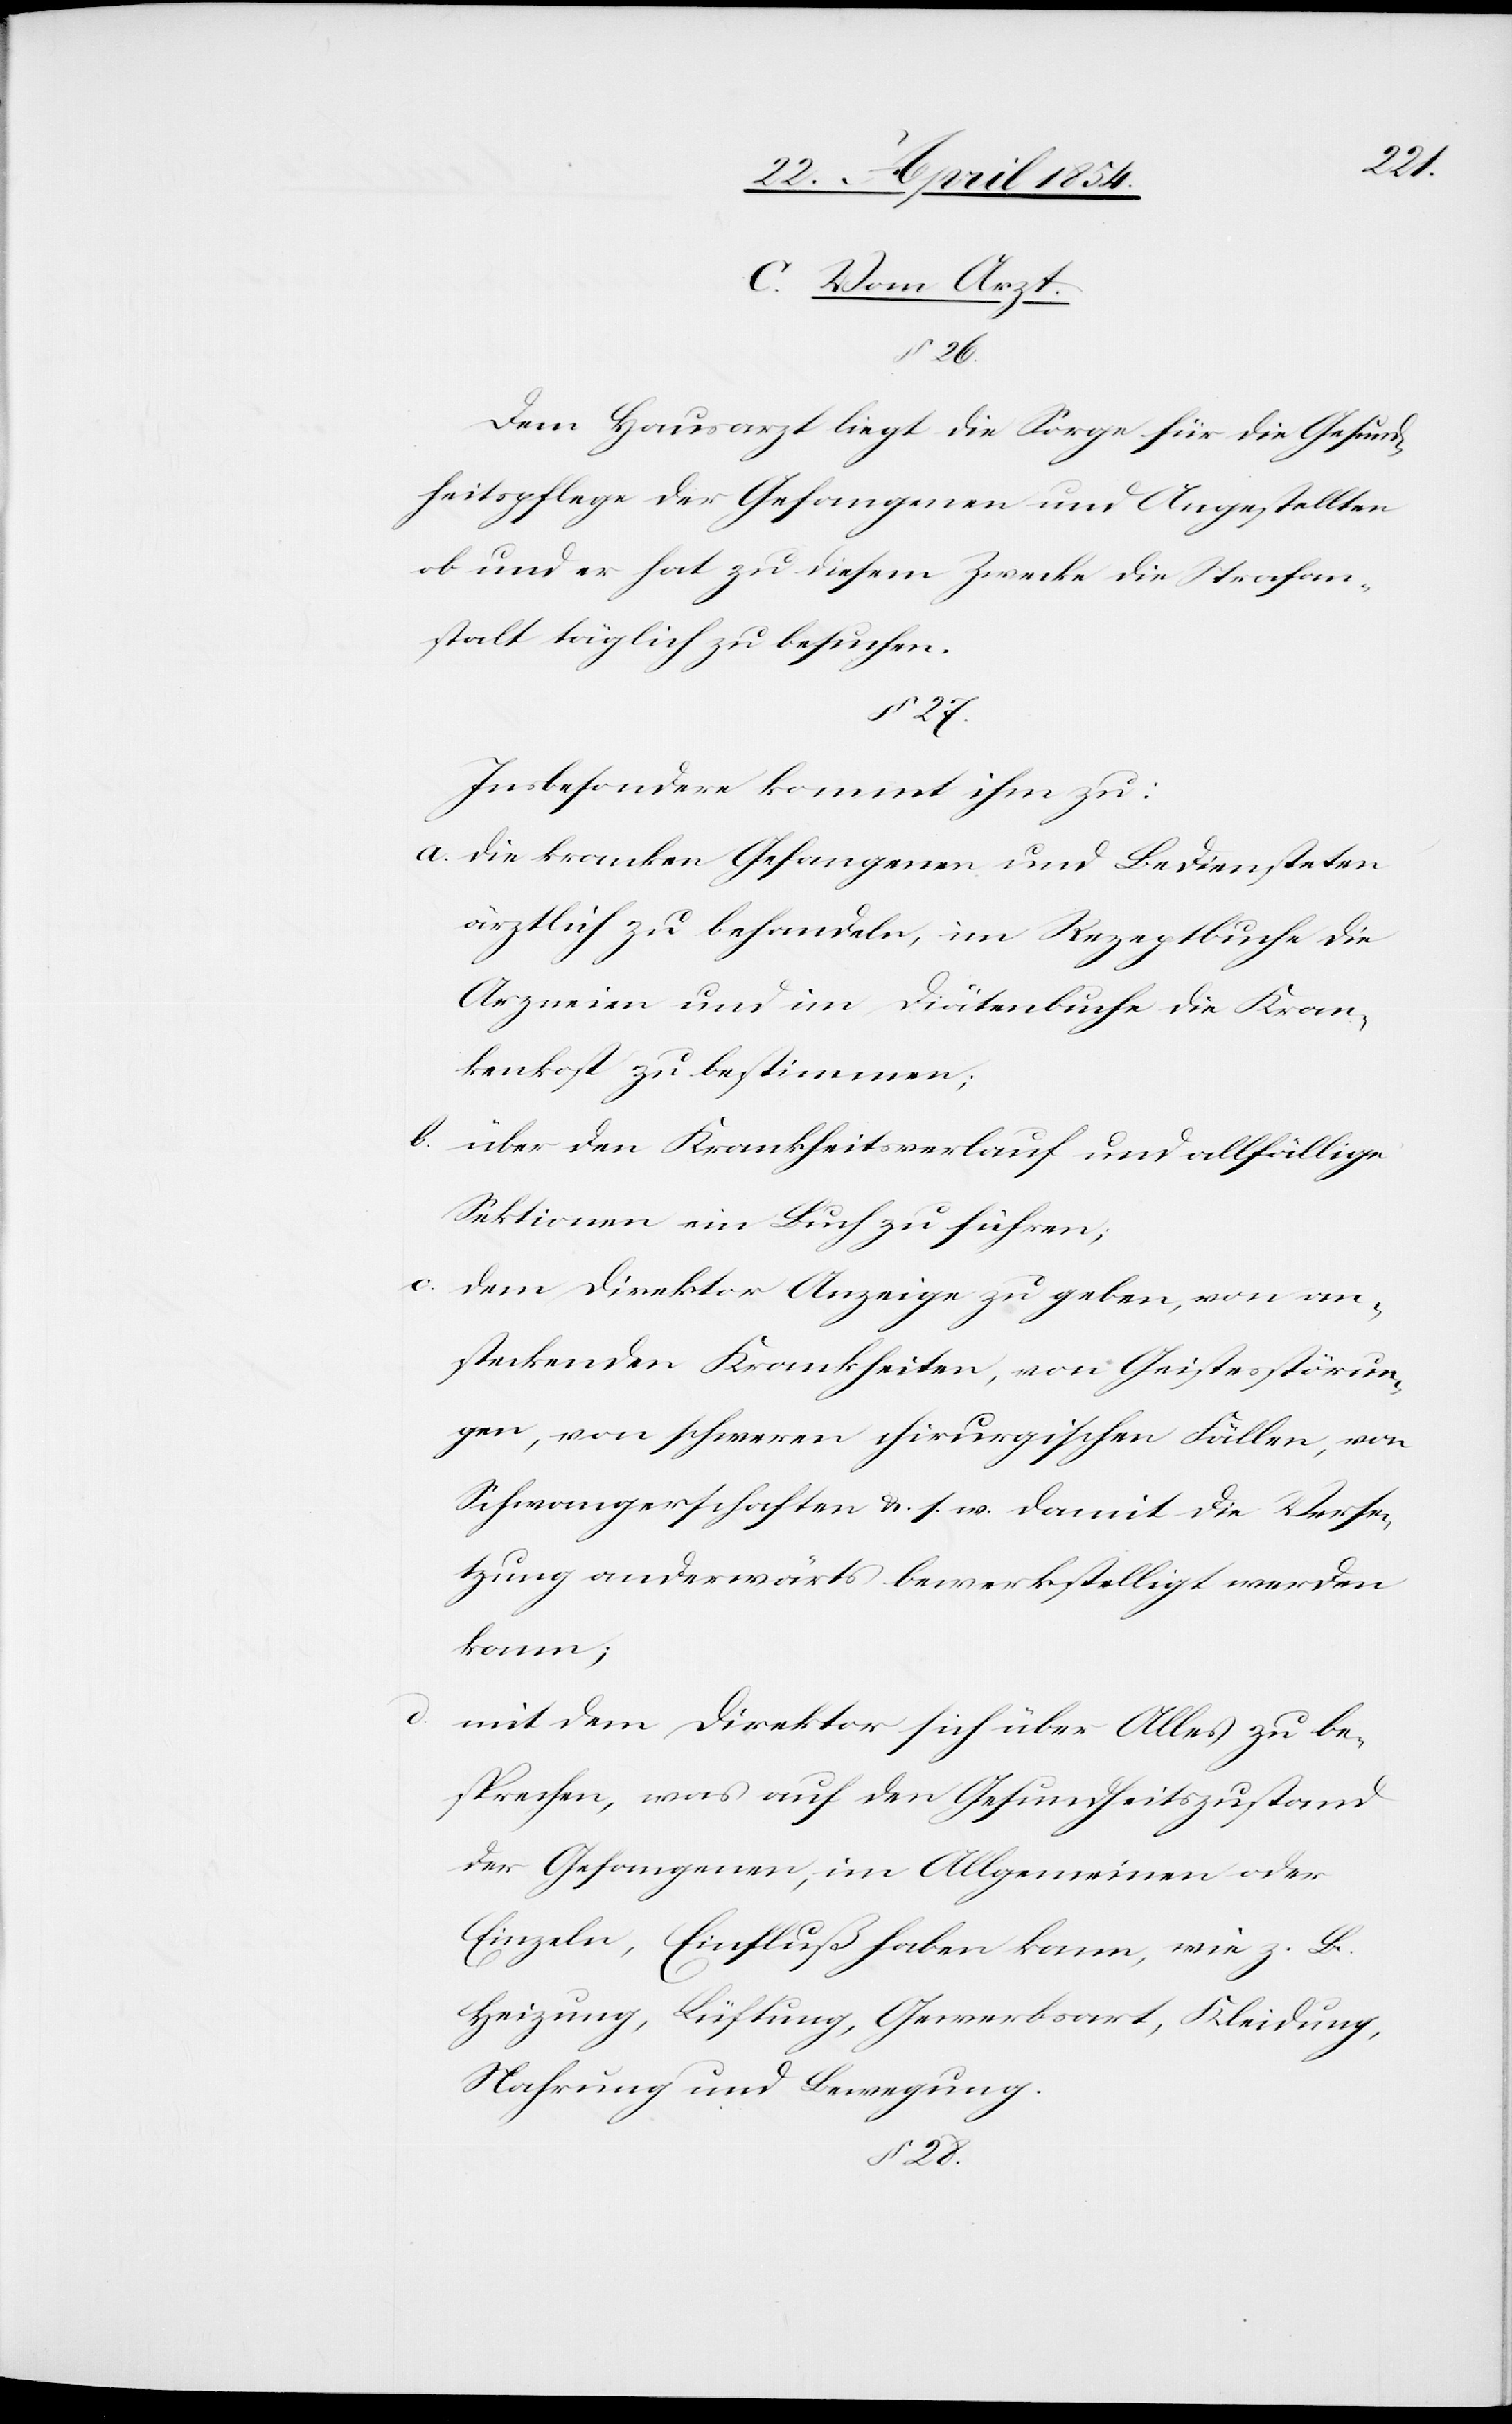
C. Vom Arzt.
§ 28.
Dem Hausarzt liegt die Sorge für die Gesund¬
heitspflege der Gefangen und Angestellten
ob und er hat zu diesem Zwecke die Strafan¬
stalt täglich zu besuchen.
§ 27.
Insbesondere kommt ihm zu:
a. die kranken Gefangenen und Bediensteten
ärztlich zu behandeln, im Rezeptbuche die
Arzneien und im Diätenbuche die Kran¬
kenkost zu bestimmen;
b. über den Krankheitsverlauf und allfällige
Sektionen ein Buch zu führen;
c. dem Direktor Anzeige zu geben, von an¬
steckenden Krankheiten, von Geistesstörun¬
gen, von schweren chirurgischen Fällen, von
Schwangerschaften u. s. w. damit die Verse¬
tzung anderswärts bewerkstelligt werden
kann;
mit dem Direktor sich über Alles zu be¬
sprechen, was auf den Gesundheitszustand
der Gefangenen, im Allgemeinen oder
Einzeln, Einfluß haben kann, wie z. B.
Heizung, Lüftung, Gewerbsart, Kleidung,
Nahrung und Bewegung.